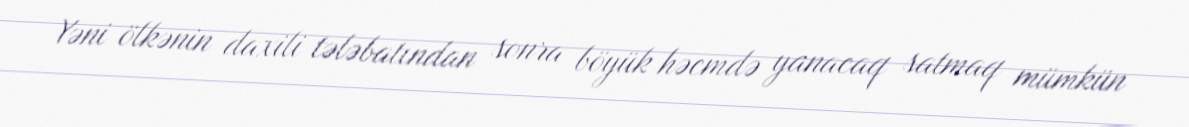
Yəni ölkənin daxili tələbatından sonra böyük həcmdə yanacaq satmaq mümkün